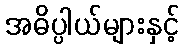
အဓိပ္ပါယ်များနှင့်